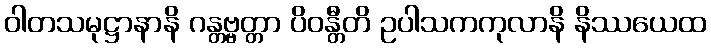
ဝါတသမုဋ္ဌာနာနိ ဂန္တဗ္ဗတ္တာ ပိဝန္တီတိ ဥပါသကကုလာနိ နိဿယေထ